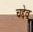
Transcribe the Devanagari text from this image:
चद्देव